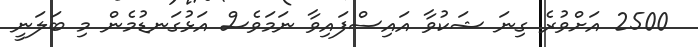
2500 އަށްވުރެ ގިނަ ޝަކުވާ އައިސްފައިވާ ނަމަވެސް އަޅުގަނޑުމެން މި ބަލަނީ